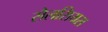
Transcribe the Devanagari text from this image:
सैलसियस